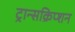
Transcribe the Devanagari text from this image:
ट्रान्सक्रिप्शन